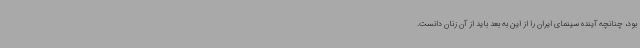
بود، چنانچه آینده سینمای ایران را از این به بعد باید از آن زنان دانست.